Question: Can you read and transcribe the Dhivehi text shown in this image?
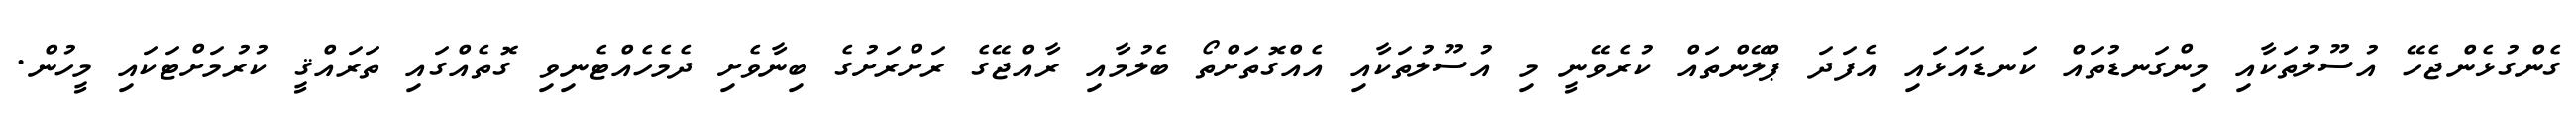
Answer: ގެންގުޅެންޖެހޭ އުސޫލުތަކާއި މިންގަނޑުތައް ކަނޑައަޅައި އެފަދަ ޕްލޭންތައް ކުރެވޭނީ މި އުސޫލުތަކާއި އެއްގޮތަށްތޯ ބެލުމާއި ރާއްޖޭގެ ރަށްރަށުގެ ބިނާވެށި ދެމެހެއްޓެނިވި ގޮތެއްގައި ތަރައްޤީ ކުރުމަށްޓަކައި މީހުން.